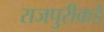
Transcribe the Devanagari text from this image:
राजपुरीकडे